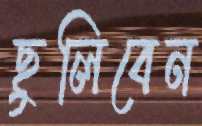
ছুলিবেন